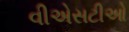
વીએસટીઓ